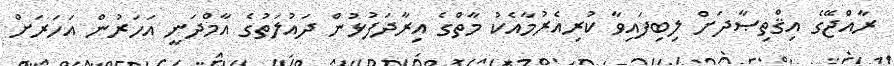
ރާއްޖޭގެ އިޤްތިޞާދަށް ލިބިފައިވާ ކުރިއެރުމާއެކު މާތްގެ އިރާދަފުޅުން ދައުލަތުގެ އާމްދަނީ އަހަރުން އަހަރަށް